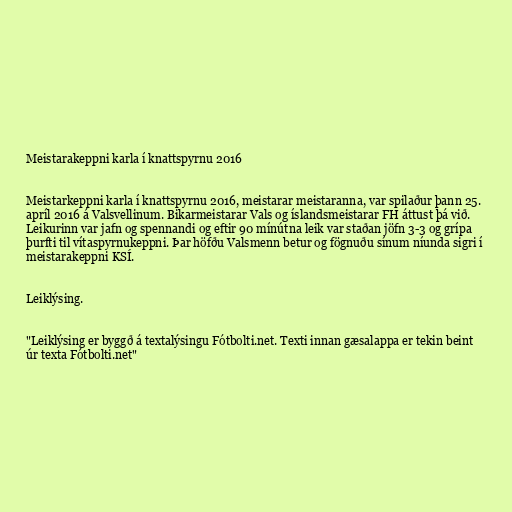
Meistarakeppni karla í knattspyrnu 2016

Meistarkeppni karla í knattspyrnu 2016, meistarar meistaranna, var spilaður þann 25.
apríl 2016 á Valsvellinum. Bikarmeistarar Vals og íslandsmeistarar FH áttust þá við.
Leikurinn var jafn og spennandi og eftir 90 mínútna leik var staðan jöfn 3-3 og grípa
þurfti til vítaspyrnukeppni. Þar höfðu Valsmenn betur og fögnuðu sínum níunda sigri í
meistarakeppni KSÍ.

Leiklýsing.

"Leiklýsing er byggð á textalýsingu Fótbolti.net. Texti innan gæsalappa er tekin beint
úr texta Fótbolti.net"